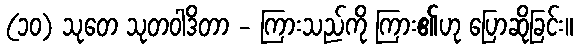
(၁၀) သုတေ သုတဝါဒိတာ - ကြားသည်ကို ကြား၏ဟု ပြောဆိုခြင်း။